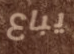
يباع